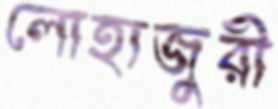
লোহাজুরী